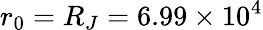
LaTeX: r_{0}=R_{J}=6.99\times 10^{4}